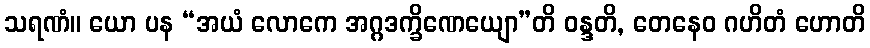
သရဏံ။ ယော ပန “အယံ လောကေ အဂ္ဂဒက္ခိဏေယျော”တိ ဝန္ဒတိ, တေနေဝ ဂဟိတံ ဟောတိ